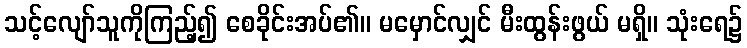
သင့်လျော်သူကိုကြည့်၍ စေခိုင်းအပ်၏။ မမှောင်လျှင် မီးထွန်းဖွယ် မရှိ။ သုံးရေ၌